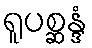
ရူပစ္ဆန္ဒံ